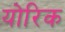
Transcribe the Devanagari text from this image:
योरिक